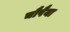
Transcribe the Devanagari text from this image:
चौपैया